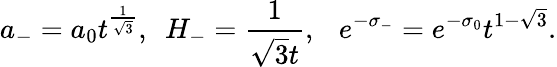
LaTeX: a_{-}=a_{0}t^{\frac{1}{\sqrt{3}}},~~H_{-}=\frac{1}{\sqrt{3}t},~~~e^{-\sigma_{-}}=e^{-\sigma_{0}}t^{1-\sqrt{3}}.